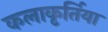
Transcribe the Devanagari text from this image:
कलाकृर्तिया